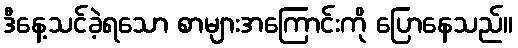
ဒီနေ့သင်ခဲ့ရသော စာများအကြောင်းကို ပြောနေသည်။